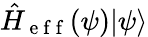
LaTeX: \hat{H}_{\mathrm{~e~f~f~}}(\psi)|\psi\rangle